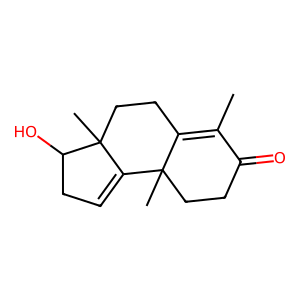
SMILES: CC1=C2CCC3(C)C(=CCC3O)C2(C)CCC1=O
Inhibits HIV replication: No